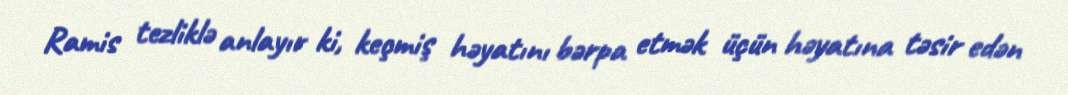
Ramis tezliklə anlayır ki, keçmiş həyatını bərpa etmək üçün həyatına təsir edən